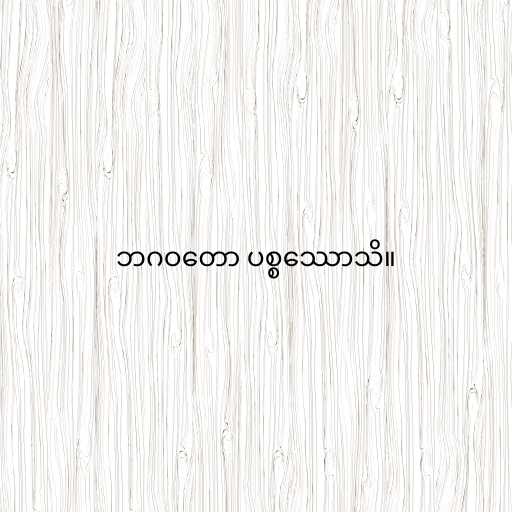
ဘဂဝတော ပစ္စဿောသိ။